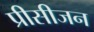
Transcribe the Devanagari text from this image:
प्रीसीजन